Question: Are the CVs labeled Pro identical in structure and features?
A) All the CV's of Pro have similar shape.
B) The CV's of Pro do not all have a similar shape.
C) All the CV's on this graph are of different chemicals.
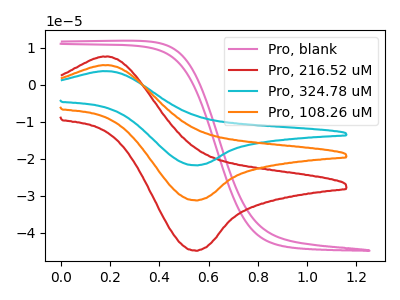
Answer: <think>The pink curve "Pro, blank" has no peaks. The red curve "Pro, 216.52 uM" has an anodic peak at (0.20V, 7.60uA) and a cathodic peak at (0.55V, -44.85uA). The cyan curve "Pro, 324.78 uM" has an anodic peak at (0.20V, 10.60uA) and a cathodic peak at (0.55V, -62.50uA). The orange curve "Pro, 108.26 uM" has an anodic peak at (0.20V, 5.30uA) and a cathodic peak at (0.55V, -31.25uA).
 "Pro, blank" and "Pro, 216.52 uM" have a different number of peaks. "Pro, blank" and "Pro, 324.78 uM" have a different number of peaks. "Pro, blank" and "Pro, 108.26 uM" have a different number of peaks. All the peaks in "Pro, 216.52 uM" have a peak in "Pro, 324.78 uM" at the same potential. Every peak in "Pro, 216.52 uM" is lower than every peak in "Pro, 324.78 uM". All the peaks in "Pro, 216.52 uM" have a peak in "Pro, 108.26 uM" at the same potential. Every peak in "Pro, 216.52 uM" is higher than every peak in "Pro, 108.26 uM". All the peaks in "Pro, 324.78 uM" have a peak in "Pro, 108.26 uM" at the same potential. Every peak in "Pro, 324.78 uM" is higher than every peak in "Pro, 108.26 uM".</think>
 <answer>A) All the CV's of "Pro" have similar shape.</answer>
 <eval>A</eval>